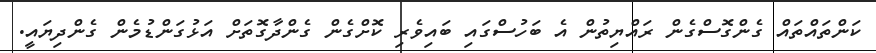
ކަންތައްތައް ގެންގޮސްގެން ރައްޔިތުން އެ ބަހުސްގައި ބައިވެރި ކޮށްގެން ގެންދާގޮތަށް އަޅުގަންޑުމެން ގެންދިޔައީ.